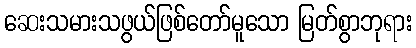
ဆေးသမားသဖွယ်ဖြစ်တော်မူသော မြတ်စွာဘုရား